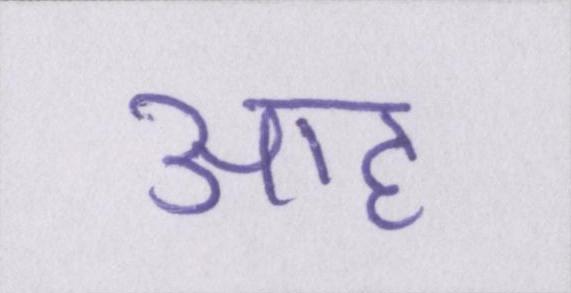
आह